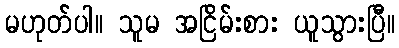
မဟုတ်ပါ။ သူမ အငြိမ်းစား ယူသွားပြီ။